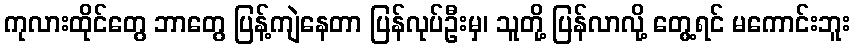
ကုလားထိုင်တွေ ဘာတွေ ပြန့်ကျဲနေတာ ပြန်လုပ်ဦးမှ၊ သူတို့ ပြန်လာလို့ တွေ့ရင် မကောင်းဘူး